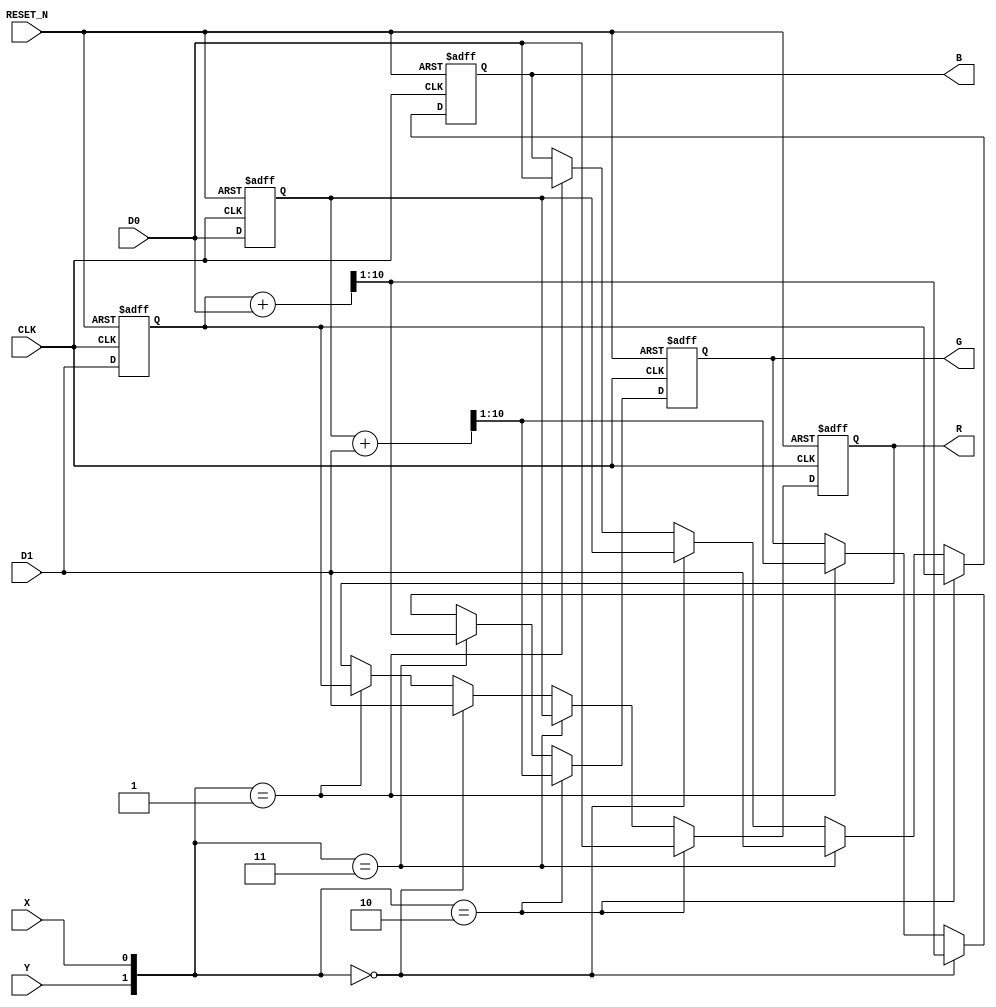



module RAW_RGB_BIN  (
input CLK , 
input RESET_N , 
input [9:0] D0,
input [9:0] D1,
input X,
input Y,

output reg		[9:0]	R,
output reg		[9:0]	G, 
output reg		[9:0]	B
);

reg  [9:0]	rD0;
reg  [9:0]	rD1;

wire [10:0] T1,T2 ; 
assign T1 = rD0+D1;
assign T2 = rD1+D0;

always@(posedge CLK or negedge RESET_N)
begin
	if( !RESET_N )
	begin
		R	<=	0;
		G	<=	0;
		B	<=	0;
		rD0<=	0;
		rD1<=	0;
	end
	else
	begin
		rD0	<=	D0;
		rD1	<=	D1;
		if({Y ,X }     == 2'b10)
		begin
			R	<=	 D0;
			G	<=  T1[10:1];
			B	<=	 rD1;
		end	
		else if({Y ,X }== 2'b11)
		begin
			R	<=	rD0;
			G	<=  T2[10:1];
			B	<=	D1;
		end
		else if({Y ,X }== 2'b00)
		begin
			R	<=	D1;
			G	<=  T2[10:1];
			B	<=	rD0;
		end
		else if({Y ,X }== 2'b01)
		begin
			R	<=	rD1;
			G	<=  T1[10:1];
			B	<=	D0;
		end
	end
end


endmodule